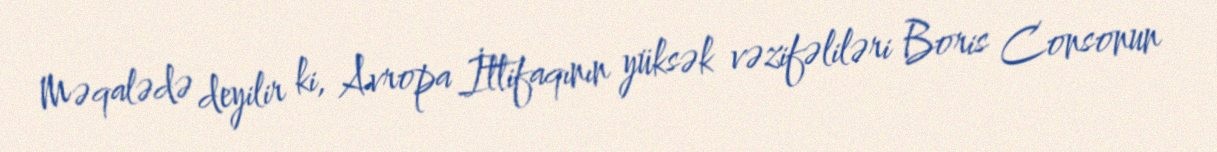
Məqalədə deyilir ki, Avropa İttifaqının yüksək vəzifəliləri Boris Consonun